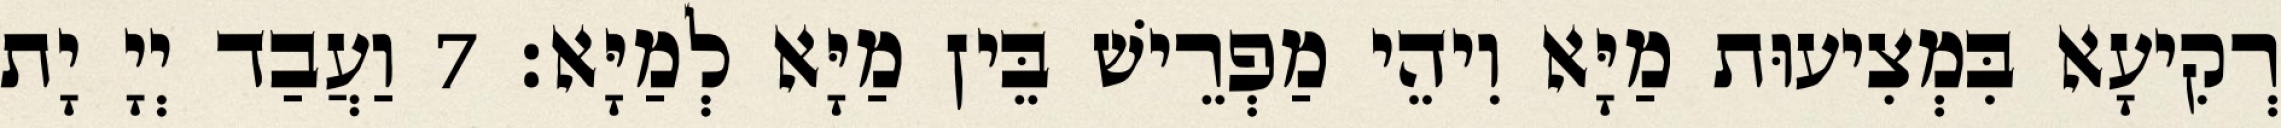
רְקִיעָא בִּמְצִיעוּת מַיָּא וִיהֵי מַפְרֵישׁ בֵּין מַיָּא לְמַיָּא׃ 7 וַעֲבַד יְיָ יָת